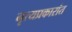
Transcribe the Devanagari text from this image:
नृत्यप्रकारांत